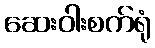
ဆေးဝါးစက်ရုံ